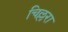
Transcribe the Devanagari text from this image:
चिल्लरा